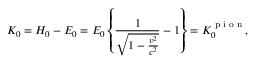
K _ { 0 } = H _ { 0 } - E _ { 0 } = E _ { 0 } \left\{ \frac { 1 } { \sqrt { 1 - \frac { v ^ { 2 } } { c ^ { 2 } } } } - 1 \right\} = K _ { 0 } ^ { \textrm { p i o n } } ,